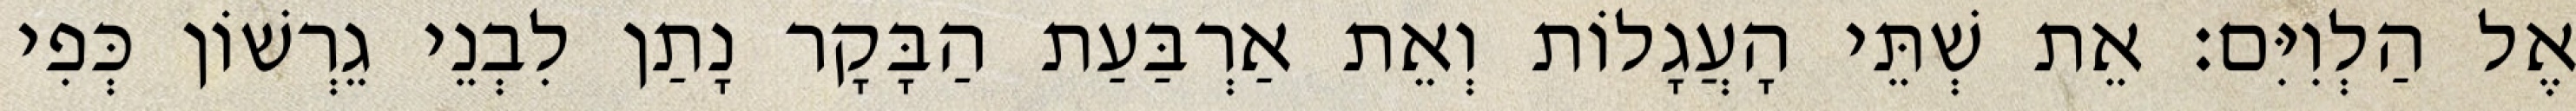
אֶל הַלְוִיִּם׃ אֵת שְׁתֵּי הָעֲגָלוֹת וְאֵת אַרְבַּעַת הַבָּקָר נָתַן לִבְנֵי גֵרְשׁוֹן כְּפִי